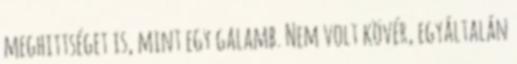
meghittséget is, mint egy galamb. Nem volt kövér, egyáltalán